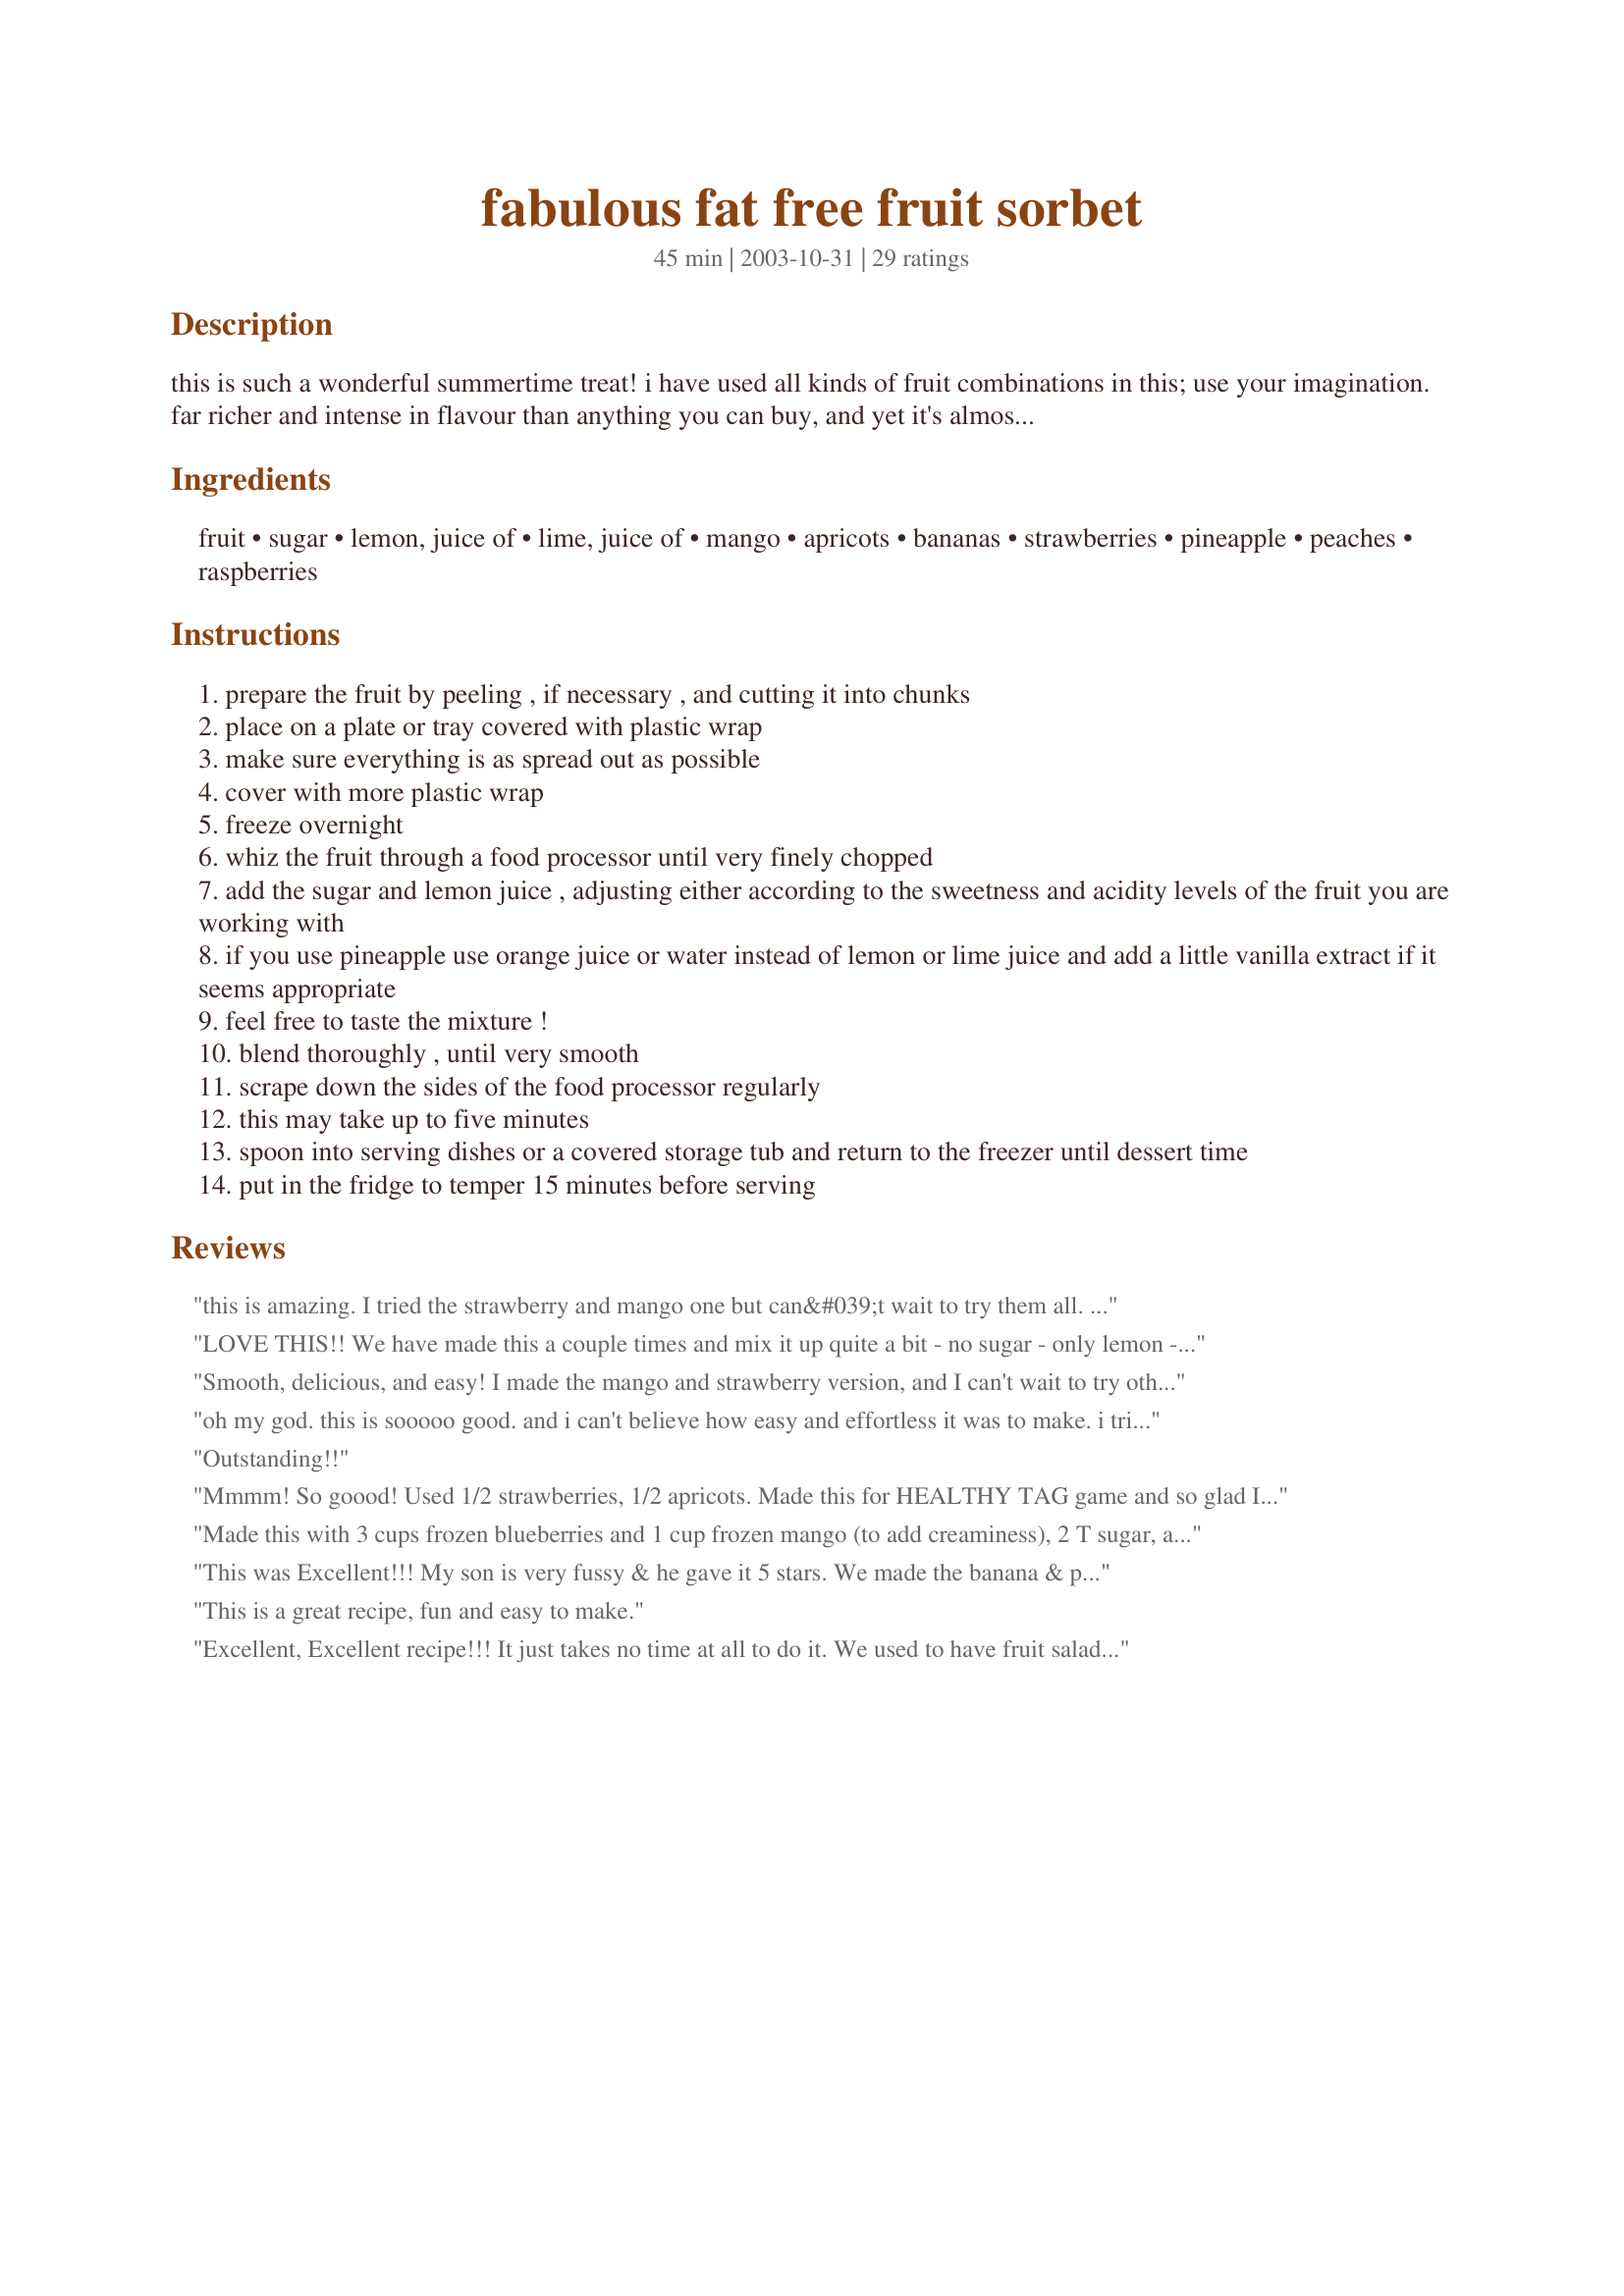
fabulous fat free fruit sorbet
Preparation time: 45 minutes

this is such a wonderful summertime treat! i have used all kinds of fruit combinations in this; use your imagination. far richer and intense in flavour than anything you can buy, and yet it's almost all just healthy fruit. the fruits that work best have a fairly smooth fleshy texture; things like mangoes, muskmelons, peaches, apricots, and bananas. but also good are strawberries, pineapple, blueberries and the like. seedy or watery fruits can be used, but it is best to use them mixed with something that has a smoother denser texture, and to use less of them. cook time is tempering time, but prep time does not include freezing time.

Ingredients:
fruit, sugar, lemon, juice of, lime, juice of, mango, apricots, bananas, strawberries, pineapple, peaches, raspberries

Steps:
prepare the fruit by peeling , if necessary , and cutting it into chunks
place on a plate or tray covered with plastic wrap
make sure everything is as spread out as possible
cover with more plastic wrap
freeze overnight
whiz the fruit through a food processor until very finely chopped
add the sugar and lemon juice , adjusting either according to the sweetness and acidity levels of the fruit you are working with
if you use pineapple use orange juice or water instead of lemon or lime juice and add a little vanilla extract if it seems appropriate
feel free to taste the mixture !
blend thoroughly , until very smooth
scrape down the sides of the food processor regularly
this may take up to five minutes
spoon into serving dishes or a covered storage tub and return to the freezer until dessert time
put in the fridge to temper 15 minutes before serving

Reviews:
this is amazing. I tried the strawberry and mango one but can&#039;t wait to try them all. thanks for sharing with us. Delicious.
LOVE THIS!! We have made this a couple times and mix it up quite a bit - no sugar - only lemon - the ingredients mixed first and then put in popsicle molds - all different fruits!! My favorite is mango banana!! Thanks for a tasty treat!!!
Smooth, delicious, and easy! I made the mango and strawberry version, and I can't wait to try other combinations. Thanks for the treat! :)
oh my god. this is sooooo good. and i can't believe how easy and effortless it was to make. i tried this with oranges and added milk. its SO good!
Outstanding!!
Mmmm! So goood! Used 1/2 strawberries, 1/2 apricots. Made this for HEALTHY TAG game and so glad I did because I have been meaning to try this for a long time! Everyone should try this, perfect for summer and I'm sure I will be making it often with lots of different combos! Thanks for all the ideas!
Made this with 3 cups frozen blueberries and 1 cup frozen mango (to add creaminess), 2 T sugar, and 1 T (bottled) lemon juice. The mixture ended up being too dry to puree effectively (I kept getting air pockets), so I added 2 T apple juice to the mixture, which worked great!!
This was Excellent!!! My son is very fussy & he gave it 5 stars. We made the banana & pinnapple...skipped the sugar & vanilla but used used a splash of maple syrup. Something yummy and healthy...who could have thought it possible????. Thanks for sharing Jenny
This is a great recipe, fun and easy to make.

Excellent, Excellent recipe!!! It just takes no time at all to do it. We used to have fruit salads and custards before. But beyond a point it was always "health food". But this is absolutely delish!!!!
made with just fresh mangoes and juice of 1 lime and lemon. Didn't need sugar. Was fabulous! going to try with raspberries and mangoes tomorrow.
Oh yum! I used previously frozen banana and strawberries and added a little more lime juice then called for. I also used splenda and, because the strawberries were really not very sweet, added more then was called for. I loved it and tasted mostly lime and strawberry. My husband loved it as well but tasted predominantly banana and strawberry. Looking forward to trying these with other fruits!
I just made a banana-blueberry sorbet and tried some before putting it in the freezer. Very good. Nice healthy change to ice cream.
This was so good! I love Italian ices and this was better! I used pineapple and orange this time, but will try mango, banana and strawberries soon! Thanks for posting this!
Wonderful!! I used a 20 oz can of pineapple chunks in pineapple juice with 1 large and 1 small banana. Used 4 tablespoons of sugar and some of the reserved pineapple juice. Very easy to make.
Recipes so scrumptious really just don’t come any easier than this. Fabulously clear instructions inviting one into the whole magical world of homemade sorbets which are – from the first one I made totally superior to what’s available in commercial brands! And to be able to make this without buying an extra appliance I absolutely don’t have room for in the kitchen: just so exciting! I made a blackberry and strawberry sorbet and, like Susang, I added no sugar. Very easily done, for me: I really don’t like overly sweet foods. I unreservedly recommend this recipe as an over-the-top five-star recipe plus. When you’re trying to watch calories and fat – I made this for the post ZWT Healthy for the Holidays Challenge – how amazing to be able to eat something like this which has such negligible fat content! I look forward to exploring the many possibilities that this recipe offers. Thank you so much, Jenny, for sharing an absolute gem of a recipe!
I made banana and strawberries. Did not use any sugar. So good for a hot summer day.
This is an easy way to make sorbet! I made mango and banana sorbet. I forgot that my food processor didn't work so I used the blender and skipped to step two as that way they blended together easier. I also used organic sugar which made it fat-free and sugar-free sorbet! Thanks for a great recipe!
I bouught the bags of frozen fruit's for smoothies in the freezer section of the store. Turned out great, easy to make and much healthier than ice cream. I didn't add the sugar and it still tasted great.
My NEW FAVORITE of all zaar recipes! This is so good and easy it's just unbelievable! The most delicious way to get your serving of fruit, you have to try it and see for yourself. I used splenda for the sugar and a mixture of bagged frozen fruit I had bought at the grocery, (strawberry, pineapple, papaya & mango). OMG, soooooo gooooood!!!! After this was whipped up it was ready to eat right then and there. A soft, smooth sorbet that has the just right consistency for me. If you want your kids to eat more fruit, just whip them up a batch of this. If needed use honey or maple syrup for the sweetner. Bet they gobble it right up. If you have ice pop cups this would good to use in them also for quick and healthy treats. Jenny, you hit a home run with this one, out of the ballpark. Thank you so much. A great one for dieters too. (like me) Oh, I had to use extra liquid (juice) half a lemon just wasn't enough liquid to keep my chopper going. Just put in a little at a time until it would run smoothly. One more thing, the nutrition facts for this recipe is waaaayyyyyy off!
I used Splenda and made the peach raspberry Sorbet. This is unbelievably easy and tastes like it is fattening! I can't wait to try other fruits.
I loved the rich and natural flavour of the sorbet, and it was really quick and easy to make, without an ice cream machine. I made a mango sorbet. I had two problems though: 1) The frozen mixture was way too dry and hard to process in a blender or food processor, so I had to use my hand blender, which always gives the smoothest results. Even then it was still difficult to mix (my blender actually started 'smoking'!). The lemon juice just wasn't enough to make it manageable, so I suggest adding more liquid, like orange juice. 2) If you add sugar to the fruit and just freeze it that way, you will taste grains of undissolved sugar in the end product, which I find quite unpleasant. I think it's better to make a syrup (by dissolving sugar in boiled water first), or add another liquid sweetener such as honey or maple syrup. To sum up, I prefer making sorbets with fresh fruit and a syrup, and freeze it in a churning machine. But with a few adaptations, this recipe is a really good alternative for people who don't have an ice cream machine. Thank you.
I used strawberries, bananas, orange juice and honey and it came out great! However, the frozen fruit massacred my cheapo food processor. Next time, I'll skip that step and use fresh fruit instead.
This sorbet is incredible and even my fruit hating husband eats it daily. I do find it easier to blend with maple syrup which makes it creamy. I use mostly frozen fruit but like to freeze fresh fruit as well. Pineapple seems to be the hardest to chop. Have to really hang onto that Cuisinart lid.

I also like to add some lemon or lime zest to the fruit mix. Raspberry/lime and blueberry/lemon are two of my favorites.

Very refreshing, healthy and satisfying. Thank you for such an awesome recipe!
Delish! We lived in sweltering heat for almost 3 consecutive weeks this summer, & this just hit the spot. Thanks for posting!
Oh Soo good. It was exquisite. So decadent. I used 2 cups strawberries, 1 cup raspberries and 1 cup blueberries with 1 1/2 Tbs. sugar and a squirt of agava syrup Opps I forgot to mention I also used the lemon, Lime combo but only what I thought it needed.
Beautiful, easy and SOOOO good! Thanks for the great recipe!
YUM-O!!! I used strawberries, banana, stevia, and fresh orange juice (with a splash of vanilla). Oh wow. Very yum. Thanks!
This tastes great and is good for you! I was surprised at how creamy this turned out. I used banana and nectrines. Next is stawberries and black berries.
